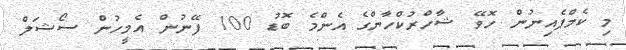
މި ކެމްޕެއިނުން ހޮވޭ ޝާހްރުކްހާންގެ އެންމެ ބޮޑު 100 ފޭނުން އެމީހުން ސޯޝަލް